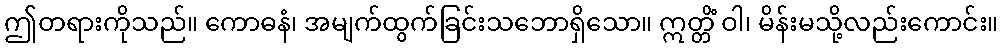
ဤတရားကိုသည်။ ကောဓနံ၊ အမျက်ထွက်ခြင်းသဘောရှိသော။ ဣတ္တိံ ဝါ၊ မိန်းမသို့လည်းကောင်း။